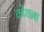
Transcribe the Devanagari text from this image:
कोथल्ला